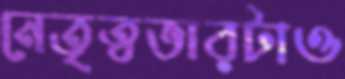
নেতৃত্বভারটাও